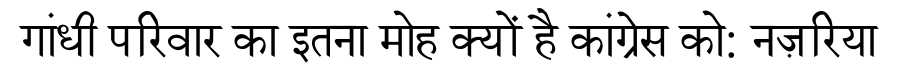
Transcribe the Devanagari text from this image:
गांधी परिवार का इतना मोह क्यों है कांग्रेस को: नज़रिया